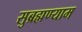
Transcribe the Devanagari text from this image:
सुब्रह्मण्याम